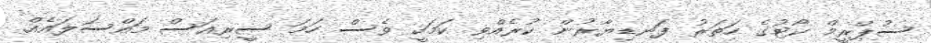
ސުޕްރީމް ކޯޓުގެ ހަތަރު ފަނޑިޔާރުން ކުރެއްވި ކަމަކީ ވެސް ހަމަ ސީރިއަސް މައްސަލައެއް.